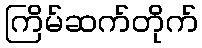
ကြိမ်ဆက်တိုက်